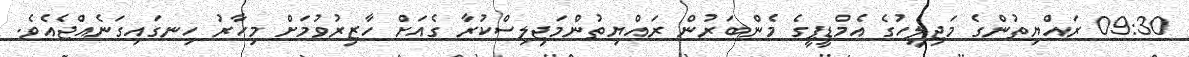
09:30 ރައްޔިތުންގެ މަޖިލީހުގެ އެމްޑީޕީގެ މެންބަރުން ރައްޔިތުންމަޖިލިސްކުރާ ގެއަށް ހާޒިރުވުމަށް މިހާރު ހިނގައިގަނެއްޖެއެވެ.